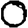
Digit: 0